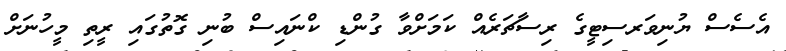
އެސެސް ޔުނިވަރސިޓީގެ ރިސާޗަރެއް ކަމަށްވާ ގުންޑި ކްނައިސް ބުނި ގޮތުގައި ރީތި މީހުނަށް